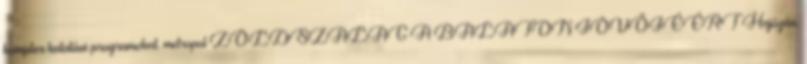
komplex kutatási programokat. metropol ZÖLDSZALAG A BALATON JÖVŐJÉÉRT Hajózás.